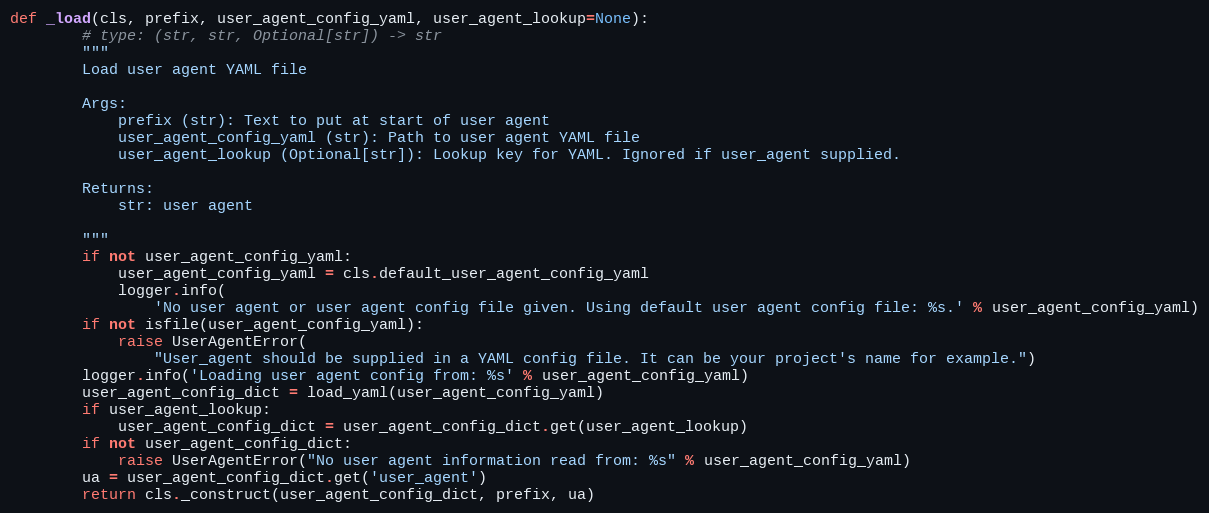
Language: Python
def _load(cls, prefix, user_agent_config_yaml, user_agent_lookup=None):
        # type: (str, str, Optional[str]) -> str
        """
        Load user agent YAML file

        Args:
            prefix (str): Text to put at start of user agent
            user_agent_config_yaml (str): Path to user agent YAML file
            user_agent_lookup (Optional[str]): Lookup key for YAML. Ignored if user_agent supplied.

        Returns:
            str: user agent

        """
        if not user_agent_config_yaml:
            user_agent_config_yaml = cls.default_user_agent_config_yaml
            logger.info(
                'No user agent or user agent config file given. Using default user agent config file: %s.' % user_agent_config_yaml)
        if not isfile(user_agent_config_yaml):
            raise UserAgentError(
                "User_agent should be supplied in a YAML config file. It can be your project's name for example.")
        logger.info('Loading user agent config from: %s' % user_agent_config_yaml)
        user_agent_config_dict = load_yaml(user_agent_config_yaml)
        if user_agent_lookup:
            user_agent_config_dict = user_agent_config_dict.get(user_agent_lookup)
        if not user_agent_config_dict:
            raise UserAgentError("No user agent information read from: %s" % user_agent_config_yaml)
        ua = user_agent_config_dict.get('user_agent')
        return cls._construct(user_agent_config_dict, prefix, ua)